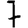
Digit: 7